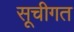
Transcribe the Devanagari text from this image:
सूचीगत